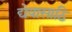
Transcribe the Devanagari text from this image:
द्येवासाठि